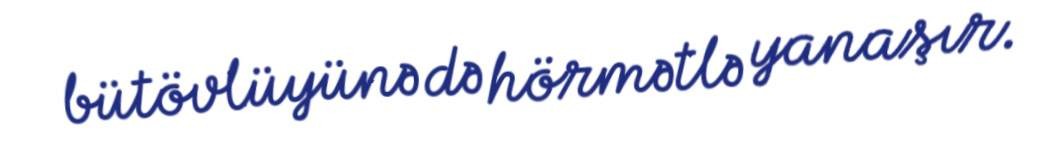
bütövlüyünə də hörmətlə yanaşır.